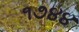
૧૭૪૪